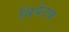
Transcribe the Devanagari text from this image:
थियेटक